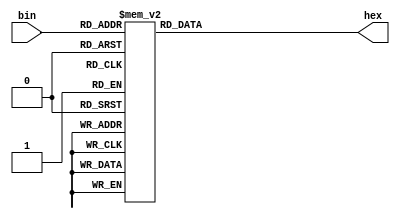
module driver7seg (
		input [3:0] bin,
		output [6:0] hex
);

reg [6:0] rhex;

always @*
	case (bin)
		4'b0000: rhex = 7'b1000000;
		4'b0001: rhex = 7'b1111001;
		4'b0010: rhex = 7'b0100100;
		4'b0011: rhex = 7'b0110000;
		4'b0100: rhex = 7'b0011001;
		4'b0101: rhex = 7'b0010010;
		4'b0110: rhex = 7'b0000010;
		4'b0111: rhex = 7'b1111000;
		4'b1000: rhex = 7'b0000000;
		4'b1001: rhex = 7'b0010000;
		4'b1010: rhex = 7'b0001000;
		4'b1011: rhex = 7'b0000011;
		4'b1100: rhex = 7'b1000110;
		4'b1101: rhex = 7'b0100001;
		4'b1110: rhex = 7'b0000110;
		4'b1111: rhex = 7'b0001110;
	endcase
assign hex = rhex;

endmodule